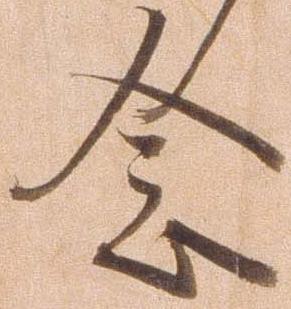
念